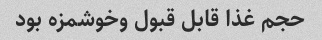
حجم غذا قابل قبول وخوشمزه بود